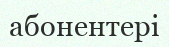
абонентері